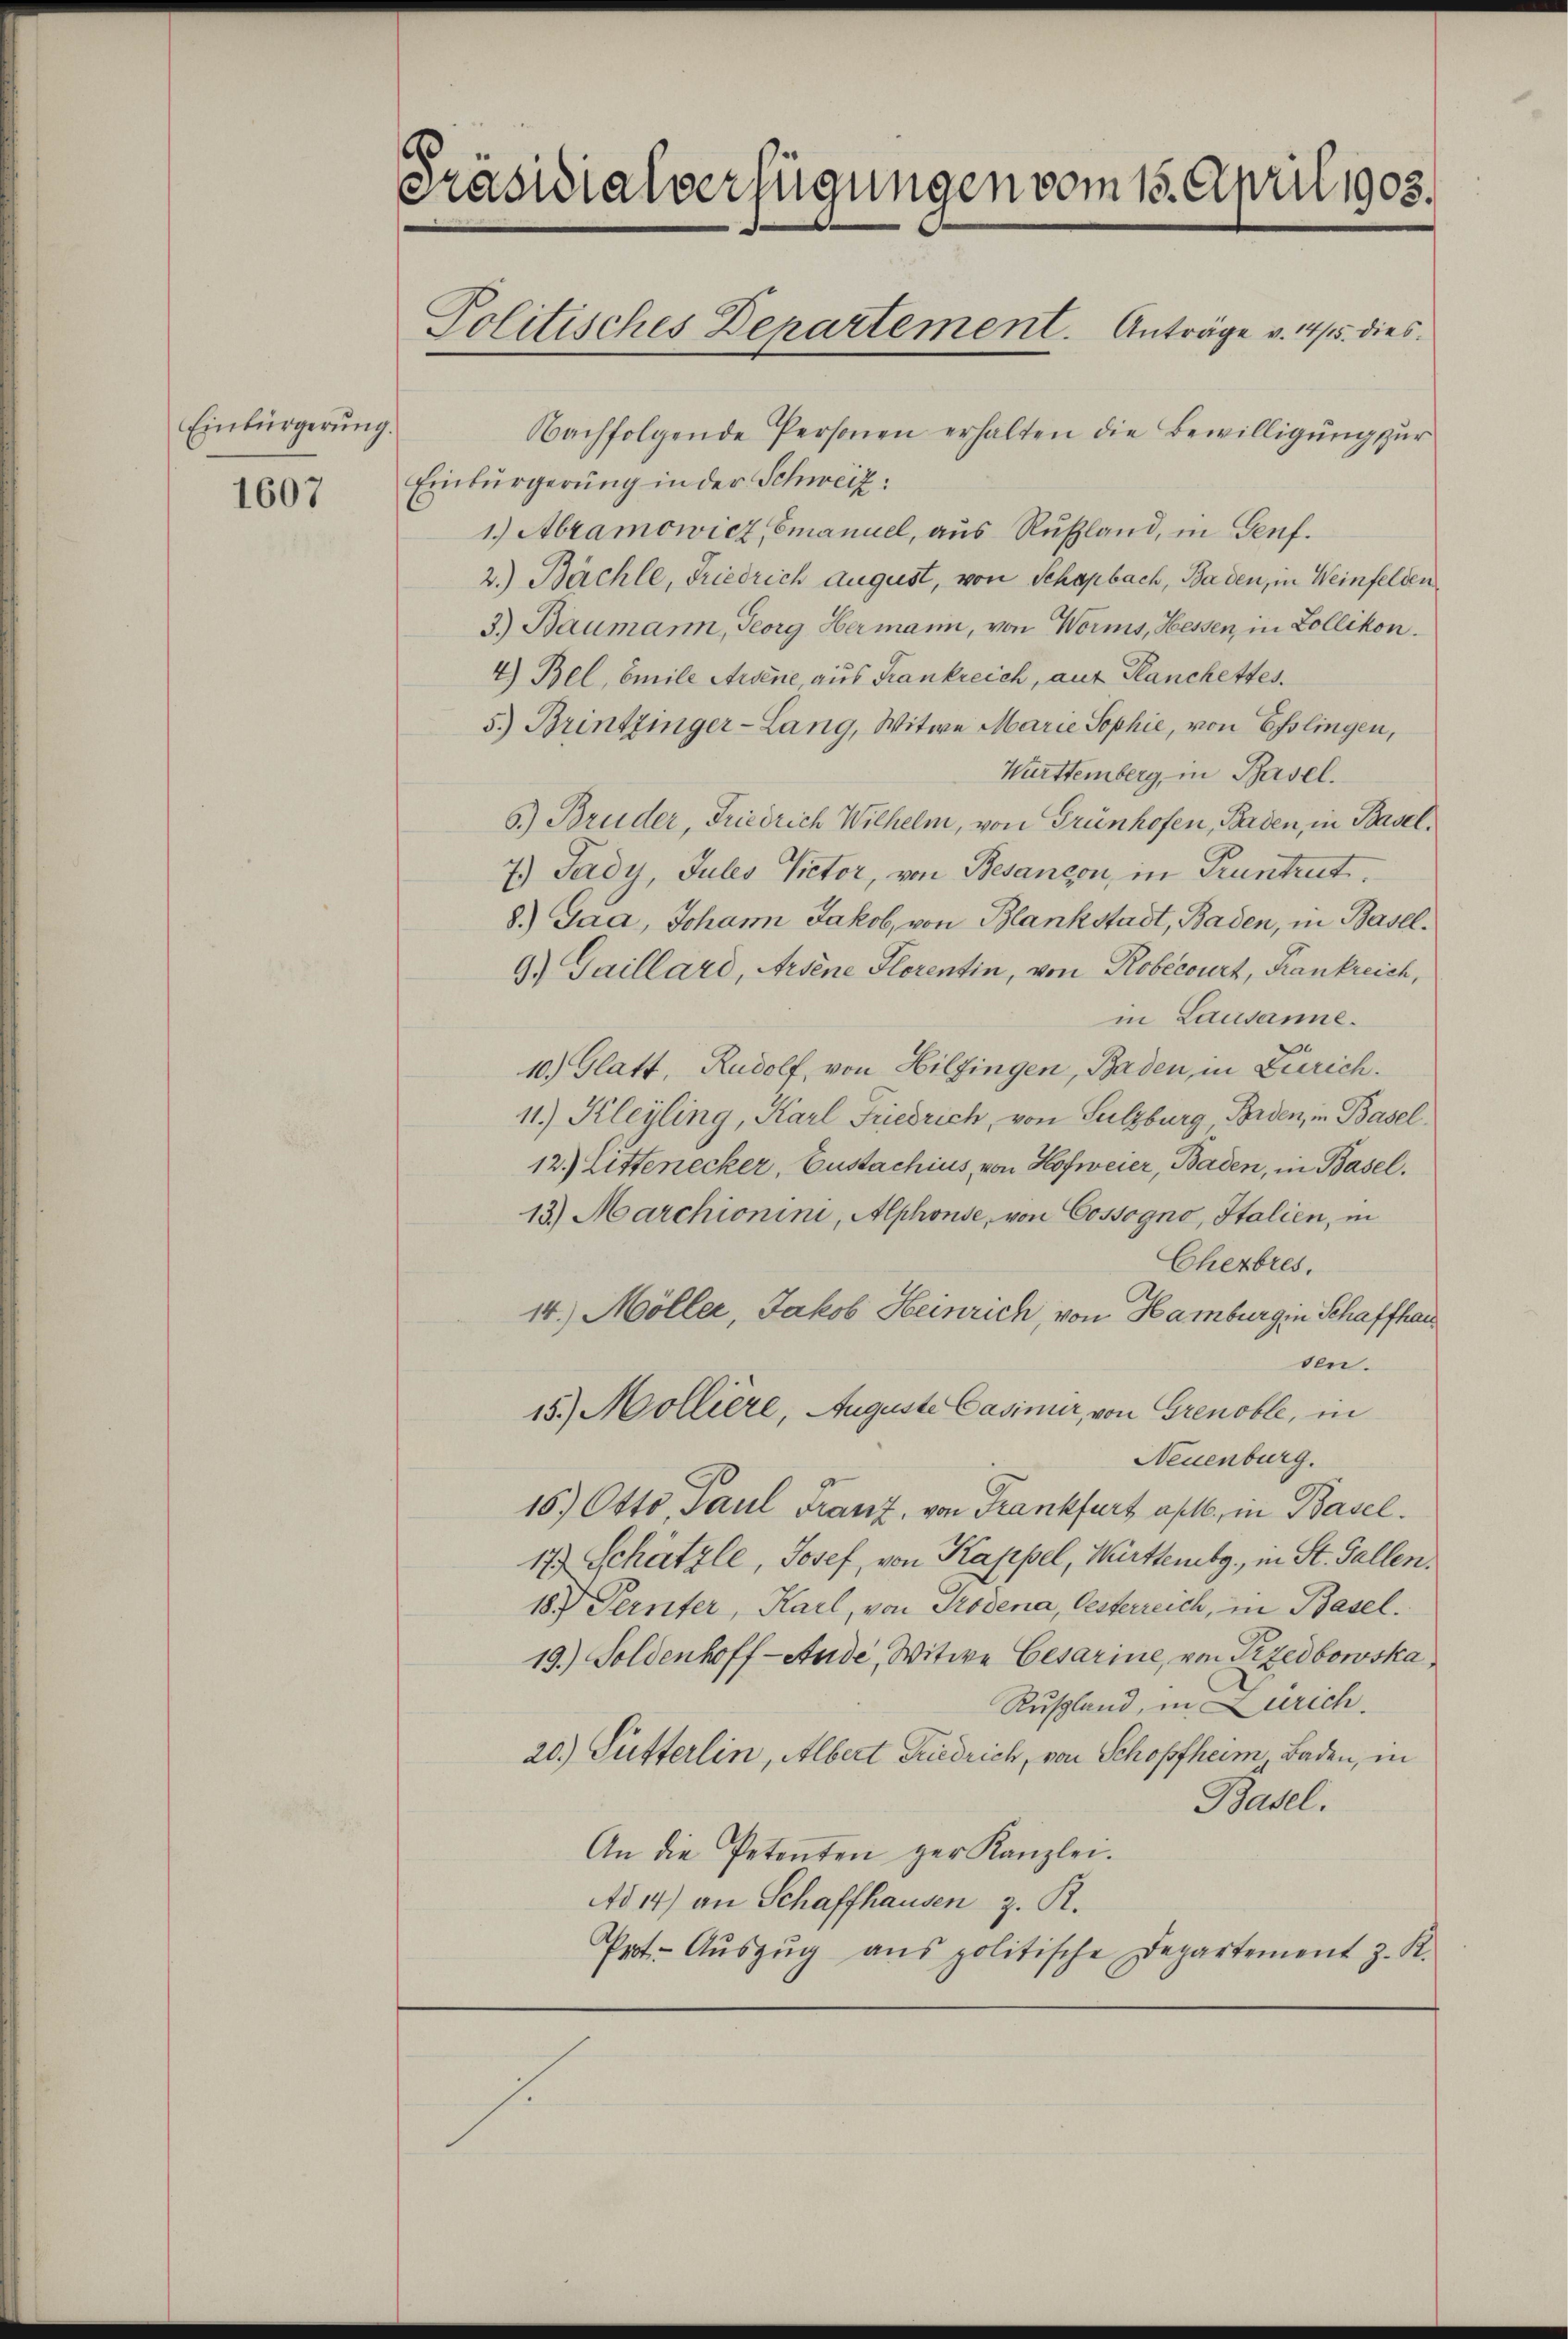
Einbürgerung.
1607

Präsidialverfügungen vom 15. April 1903.
Politisches Departement. Anträge v. 14/15. dies

Nachfolgende Personen erhalten die Bewilligŭng zur
Einbürgerung in der Schweiz:
1.) Abramowicz, Emanuel, aus Rußland, in Genf.
2.) Bächle, Friedrich August, von Schapbach, Baden, in Weinfelden
3.) Baumann, Georg Hermann, von Worms, Hessen, in Zollikon.
4) Bel, Emile Arsene aus Frankreich, auf Planchettes.
5.) Brintzinger-Lang, Witwe Marie Sophie, von Esslingen,
Württemberg, in Basel.
6.) Bruder, Friedrich Wilhelm, von Grünhofen, Baden, in Basel,
7.) Jady, Jules Victor, von Besançon, in Pruntrut.
8.) Jaa, Johann Jakob, von Blankstadt, Baden, in Basel¬
9.) Gaillard, Arsene Florentin, von Robecourt, Krankreich,
in Lausanne.
10.) Glatt, Rudolf, von Hilfingen, Baden, in Zürich.
11.) Kleyling, Karl Friedrich, von Sulzburg Borden, in Basel.
12.) Littenecker, Gustachius, von Hofweier, Baden, in Basel.
13.) Marchionini, Alphonse, von Cossogno, Italien, in
Cherbres.
2.
14. Möller, Jakob Heinrich, von Hamburg in Schaffhaus
ben.
15.) Mollière, Auguste Casinur, von Grenoble, in
Neuenburg.
16.) Otto, Paul Franz, von Frankfurt art., in Basel.
17. Schätzle, Josef, von Kappel, Württembg., in St. Gallen.
18. Pernter, Karl, von Trodena, Oesterreich, in Basel.
19.) Soldenhoff-Ande, Witwe Cesarine, von Pizedbowska
Rusland, in Zürich.
20.) Fütterlin, Albert Friedrich, von Schopfheim Baden, in
Basel.
An die Petenten zur Kanzlei.
AAd 14) an Schaffhausen z. R.
Prot. Aŭszŭg ans politische Departement z. R.